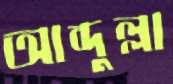
আব্দুল্লা